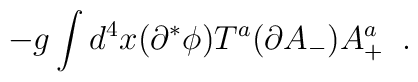
- g \int d^4x (\partial^*\phi)T^a(\partial A_-)         A^a_+   \;\;.